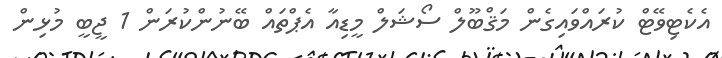
އެކެޓިވޭޓް ކުރައްވައިގެން މަޤްބޫލް ސޯޝަލް މީޑިއާ އެޕްތައް ބޭނުންކުރަން 1 ޖީބީ މުޅިން